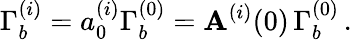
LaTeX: \Gamma_{b}^{(i)}=a_{0}^{(i)}\Gamma_{b}^{(0)}=\mathbf{A}^{(i)}(0)\, \Gamma_{b}^{(0)}\, .